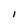
Character: l